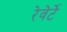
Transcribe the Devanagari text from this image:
रेवेर्टे